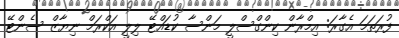
ފުރަތަމަ އެގާރަ: އިމްރާން ކިންގްސްލީ މަންސާ ކުޑައްޓޭ ލިލީ އަކްރަމް ނިޔާޒް ސެންޓޭ